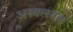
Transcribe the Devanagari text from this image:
अस्वलगड